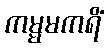
ကမ္မမကရိံ